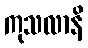
ကုသလာနိ